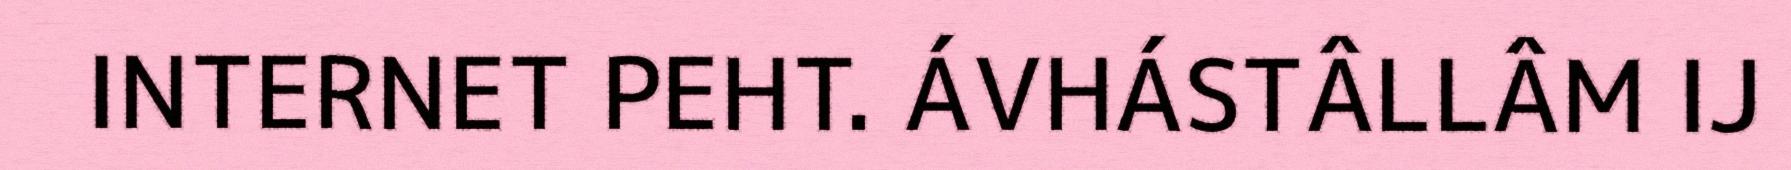
INTERNET PEHT. ÁVHÁSTÂLLÂM IJ